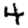
Digit: 4